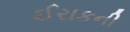
ઈરાકની